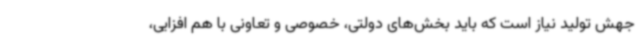
جهش تولید نیاز است که باید بخش‌های دولتی، خصوصی و تعاونی با هم افزایی،